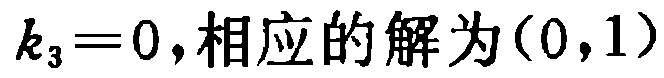
$k_{3}=0,相应的解为(0,1)$